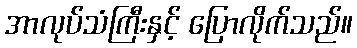
အာလုပ်သံကြီးနှင့် ပြောလိုက်သည်။